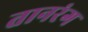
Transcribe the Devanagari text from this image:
तानरंग